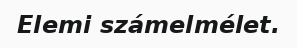
Elemi számelmélet.